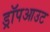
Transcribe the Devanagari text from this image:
ड्रॉपआउट